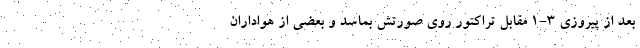
بعد از پیروزی 3-1 مقابل تراکتور روی صورتش بماسد و بعضی از هواداران